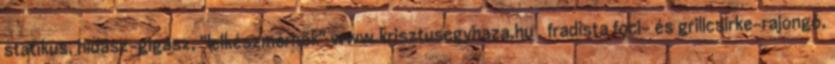
statikus, hidász-gigász, "lelkészmérnök" www.krisztusegyhaza.hu , fradista foci- és grillcsirke-rajongó,